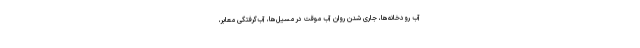
آب رودخانه‌ها، جاری شدن روان آب موقت در مسیل‌ها، آب‌گرفتگی معابر،